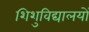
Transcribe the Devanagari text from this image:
शिशुविद्यालयों